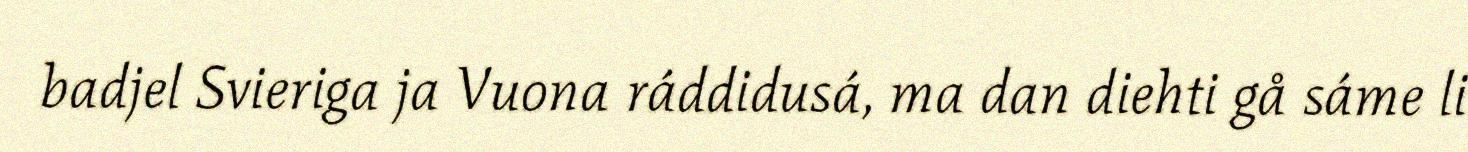
badjel Svieriga ja Vuona ráddidusá, ma dan diehti gå sáme li